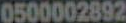
0500002892